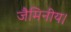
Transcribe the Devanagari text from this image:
जैमिनीय।